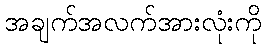
အချက်အလက်အားလုံးကို